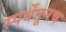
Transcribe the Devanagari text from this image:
स्पर्धेतूनच